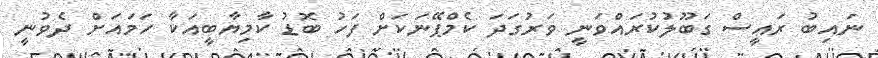
ނައިބު ރައީސް ގަބޫލުކުރައްވަނީ ވަރުގަދަ ކެމްޕޭނަކަށް ފަހު ބޮޑު ކާމިޔާބީއަކާ ހަމައަށް ދެވުނީ